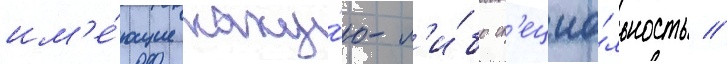
им'е́ющие каку́ю-л'и́бо сп'ециа́льность /